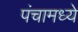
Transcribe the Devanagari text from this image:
पंचामध्ये